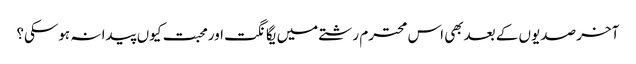
آخر صدیوں کے بعدبھی اس محترم رشتے میں یگانگت اورمحبت کیوں پیدا نہ ہوسکی؟